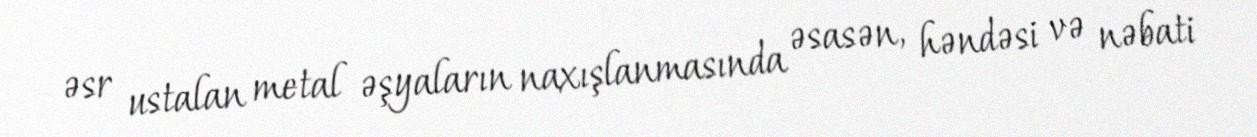
əsr ustalan metal əşyaların naxışlanmasında əsasən, həndəsi və nəbati